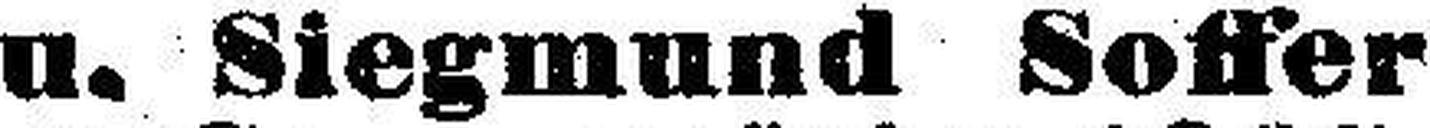
u. Siegmund Soffer